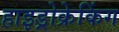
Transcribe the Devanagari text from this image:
हाइड्रोक्रेकिंग